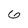
Character: 6